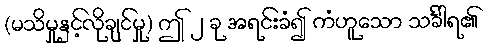
(မသိမှုနှင့်လိုချင်မှု) ဤ ၂ ခု အရင်းခံ၍ ကံဟူသော သင်္ခါရ၏